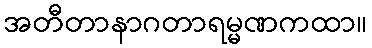
အတီတာနာဂတာရမ္မဏကထာ။